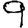
Digit: 9